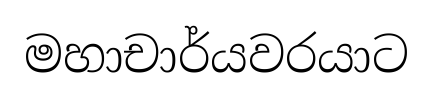
මහාචාර්යවරයාට